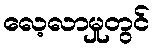
လေ့လာမှုတွင်